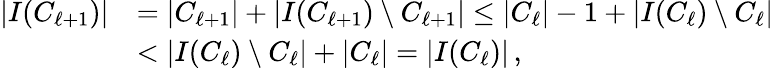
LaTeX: \begin{array}{rl}{\left|I(C_{\ell+1})\right|}&{=\left|C_{\ell+1}\right|+\left|I(C_{\ell+1})\setminus C_{\ell+1}\right|\leq\left|C_{\ell}\right|-1+\left|I(C_{\ell})\setminus C_{\ell}\right|}\\ &{<\left|I(C_{\ell})\setminus C_{\ell}\right|+\left|C_{\ell}\right|=\left|I(C_{\ell})\right|\, ,}\end{array}